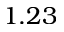
1 . 2 3